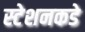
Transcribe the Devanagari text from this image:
स्टेशनकडे